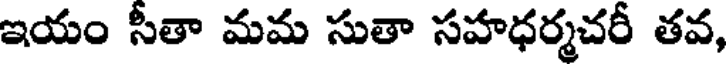
ఇయం సీతా మమ సుతా సహధర్మచరీ తవ,